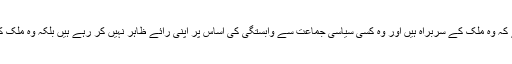
صدر جمہوریہ کی رائے اس لئے بہت اہمیت کی حامل ہے کہ وہ ملک کے سربراہ ہیں اور وہ کسی سیاسی جماعت سے وابستگی کی اساس پر اپنی رائے ظاہر نہیں کر رہے ہیں بلکہ وہ ملک کے سربراہ کی حیثیت سے اپنی رائے ظاہر کر رہے تھے ۔